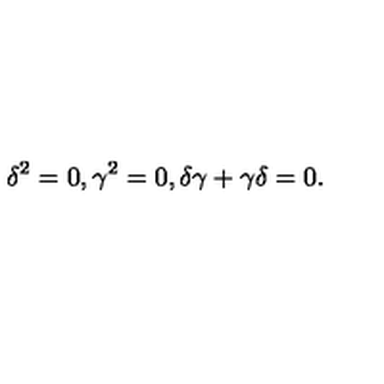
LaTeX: \delta ^ { 2 } = 0 , \gamma ^ { 2 } = 0 , \delta \gamma + \gamma \delta = 0 .